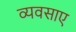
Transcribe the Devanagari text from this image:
व्यवसाए